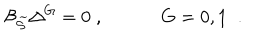
{ \cal B } _ { \widetilde { { \cal S } } } \Delta ^ { G } = 0 \; , \; \; G = 0 , 1 \; \; .